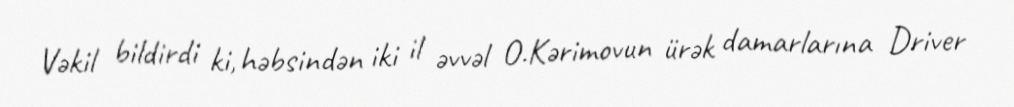
Vəkil bildirdi ki, həbsindən iki il əvvəl O.Kərimovun ürək damarlarına Driver